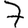
Digit: 7